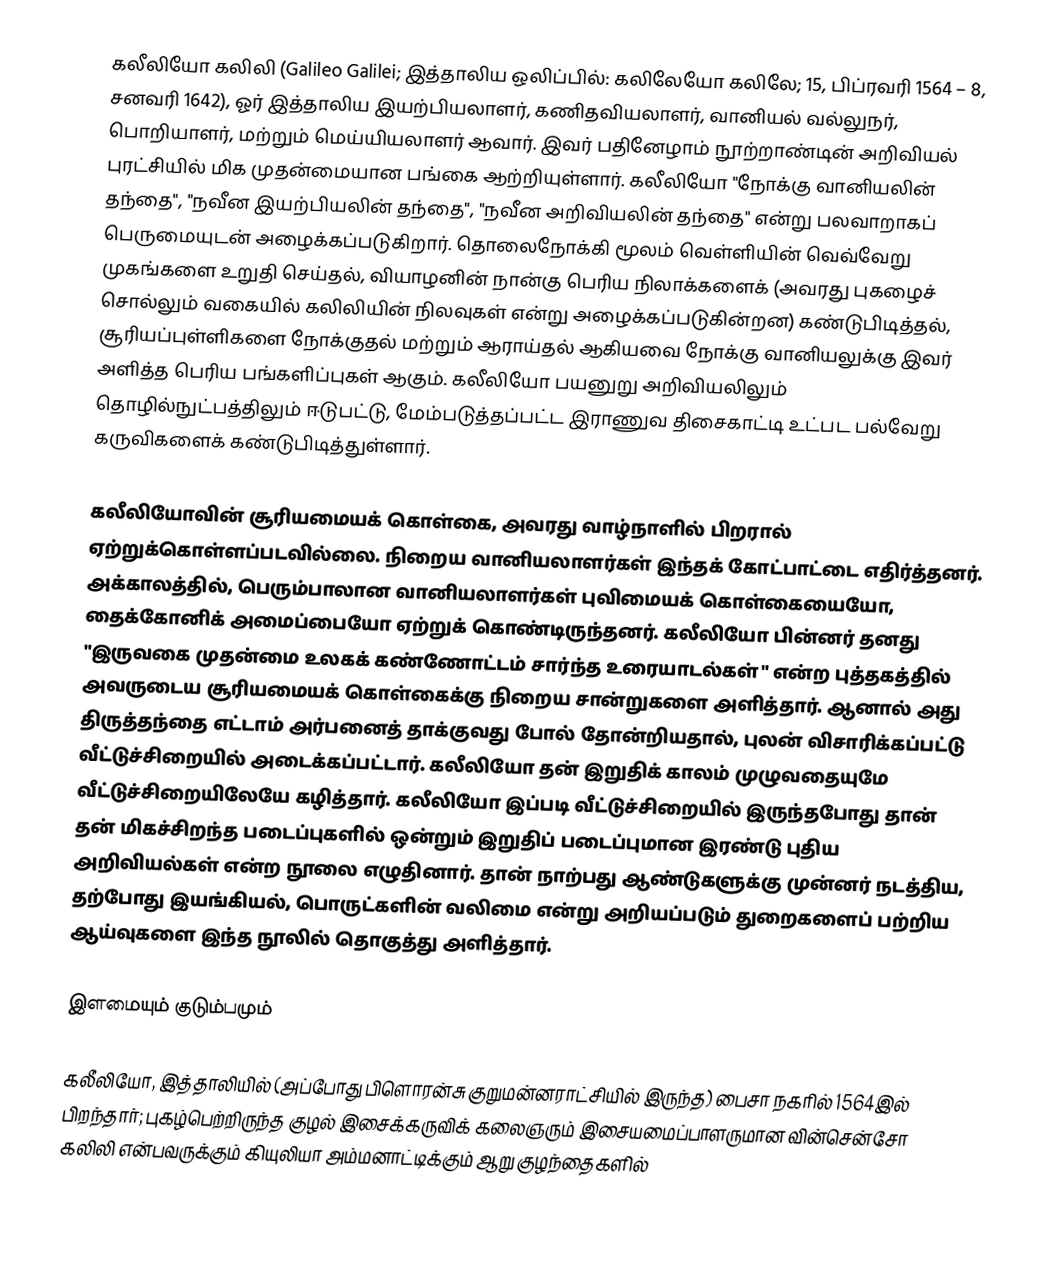
கலீலியோ கலிலி (Galileo Galilei; இத்தாலிய ஒலிப்பில்: கலிலேயோ கலிலே; 15, பிப்ரவரி 1564 – 8, சனவரி 1642), ஓர் இத்தாலிய இயற்பியலாளர், கணிதவியலாளர், வானியல் வல்லுநர், பொறியாளர், மற்றும் மெய்யியலாளர் ஆவார். இவர் பதினேழாம் நூற்றாண்டின் அறிவியல் புரட்சியில் மிக முதன்மையான பங்கை ஆற்றியுள்ளார். கலீலியோ "நோக்கு வானியலின் தந்தை", "நவீன இயற்பியலின் தந்தை", "நவீன அறிவியலின் தந்தை" என்று பலவாறாகப் பெருமையுடன் அழைக்கப்படுகிறார். தொலைநோக்கி மூலம் வெள்ளியின் வெவ்வேறு முகங்களை உறுதி செய்தல், வியாழனின் நான்கு பெரிய நிலாக்களைக் (அவரது புகழைச் சொல்லும் வகையில் கலிலியின் நிலவுகள் என்று அழைக்கப்படுகின்றன) கண்டுபிடித்தல், சூரியப்புள்ளிகளை நோக்குதல் மற்றும் ஆராய்தல் ஆகியவை நோக்கு வானியலுக்கு இவர் அளித்த பெரிய பங்களிப்புகள் ஆகும். கலீலியோ பயனுறு அறிவியலிலும் தொழில்நுட்பத்திலும் ஈடுபட்டு, மேம்படுத்தப்பட்ட இராணுவ திசைகாட்டி உட்பட பல்வேறு கருவிகளைக் கண்டுபிடித்துள்ளார்.

கலீலியோவின் சூரியமையக் கொள்கை, அவரது வாழ்நாளில் பிறரால் ஏற்றுக்கொள்ளப்படவில்லை. நிறைய வானியலாளர்கள் இந்தக் கோட்பாட்டை எதிர்த்தனர். அக்காலத்தில், பெரும்பாலான வானியலாளர்கள் புவிமையக் கொள்கையையோ, தைக்கோனிக் அமைப்பையோ ஏற்றுக் கொண்டிருந்தனர். கலீலியோ பின்னர் தனது "இருவகை முதன்மை உலகக் கண்ணோட்டம் சார்ந்த உரையாடல்கள் " என்ற புத்தகத்தில் அவருடைய சூரியமையக் கொள்கைக்கு நிறைய சான்றுகளை அளித்தார். ஆனால் அது திருத்தந்தை எட்டாம் அர்பனைத் தாக்குவது போல் தோன்றியதால், புலன் விசாரிக்கப்பட்டு வீட்டுச்சிறையில் அடைக்கப்பட்டார். கலீலியோ தன் இறுதிக் காலம் முழுவதையுமே வீட்டுச்சிறையிலேயே கழித்தார். கலீலியோ இப்படி வீட்டுச்சிறையில் இருந்தபோது தான் தன் மிகச்சிறந்த படைப்புகளில் ஒன்றும் இறுதிப் படைப்புமான இரண்டு புதிய அறிவியல்கள் என்ற நூலை எழுதினார். தான் நாற்பது ஆண்டுகளுக்கு முன்னர் நடத்திய, தற்போது இயங்கியல், பொருட்களின் வலிமை என்று அறியப்படும் துறைகளைப் பற்றிய ஆய்வுகளை இந்த நூலில் தொகுத்து அளித்தார்.

இளமையும் குடும்பமும்

கலீலியோ, இத்தாலியில் (அப்போது பிளொரன்சு குறுமன்னராட்சியில் இருந்த) பைசா நகரில் 1564இல்  பிறந்தார்; புகழ்பெற்றிருந்த  குழல் இசைக்கருவிக் கலைஞரும் இசையமைப்பாளருமான வின்சென்சோ கலிலி என்பவருக்கும் கியுலியா அம்மனாட்டிக்கும் ஆறு குழந்தைகளில்